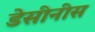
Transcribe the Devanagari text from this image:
डेसीनीस